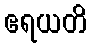
ဧရယတိ